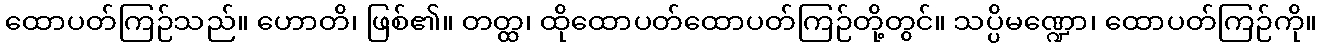
ထောပတ်ကြဉ်သည်။ ဟောတိ၊ ဖြစ်၏။ တတ္ထ၊ ထိုထောပတ်ထောပတ်ကြဉ်တို့တွင်။ သပ္ပိမဏ္ဍော၊ ထောပတ်ကြဉ်ကို။